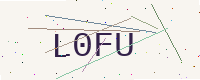
Text: L0FU